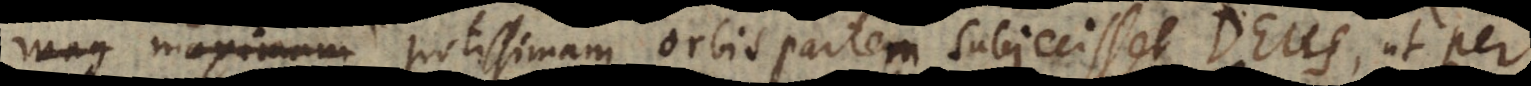
anis potissimam orbis partem subjecisset Deus, ut per